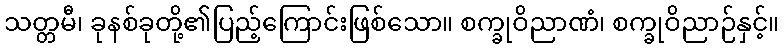
သတ္တမီ၊ ခုနစ်ခုတို့၏ပြည့်ကြောင်းဖြစ်သော။ စက္ခုဝိညာဏံ၊ စက္ခုဝိညာဉ်နှင့်။